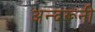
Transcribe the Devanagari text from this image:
अन्‍दरूनी